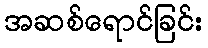
အဆစ်ရောင်ခြင်း